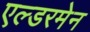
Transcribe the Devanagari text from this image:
एल्डरमेन